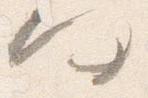
何